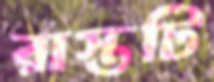
রাস্তটি